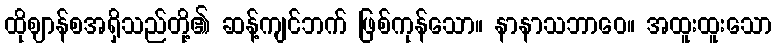
ထိုဈာန်စအရှိသည်တို့၏ ဆန့်ကျင်ဘက် ဖြစ်ကုန်သော။ နာနာသဘာဝေ။ အထူးထူးသော